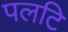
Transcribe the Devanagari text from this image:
पलटि